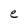
Character: e